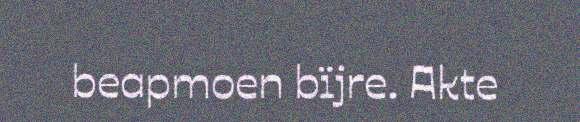
beapmoen bïjre. Akte